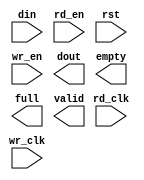
module addr_fifo(
	din,
	rd_clk,
	rd_en,
	rst,
	wr_clk,
	wr_en,
	dout,
	empty,
	full,
	valid);


input [63 : 0] din;
input rd_clk;
input rd_en;
input rst;
input wr_clk;
input wr_en;
output [63 : 0] dout;
output empty;
output full;
output valid;

// synthesis translate_off

      FIFO_GENERATOR_V3_1 #(
		.C_COMMON_CLOCK(0),
		.C_COUNT_TYPE(0),
		.C_DATA_COUNT_WIDTH(2),
		.C_DEFAULT_VALUE("BlankString"),
		.C_DIN_WIDTH(64),
		.C_DOUT_RST_VAL("0"),
		.C_DOUT_WIDTH(64),
		.C_ENABLE_RLOCS(0),
		.C_FAMILY("virtex4"),
		.C_HAS_ALMOST_EMPTY(0),
		.C_HAS_ALMOST_FULL(0),
		.C_HAS_BACKUP(0),
		.C_HAS_DATA_COUNT(0),
		.C_HAS_MEMINIT_FILE(0),
		.C_HAS_OVERFLOW(0),
		.C_HAS_RD_DATA_COUNT(0),
		.C_HAS_RD_RST(0),
		.C_HAS_RST(1),
		.C_HAS_UNDERFLOW(0),
		.C_HAS_VALID(1),
		.C_HAS_WR_ACK(0),
		.C_HAS_WR_DATA_COUNT(0),
		.C_HAS_WR_RST(0),
		.C_IMPLEMENTATION_TYPE(2),
		.C_INIT_WR_PNTR_VAL(0),
		.C_MEMORY_TYPE(2),
		.C_MIF_FILE_NAME("BlankString"),
		.C_OPTIMIZATION_MODE(0),
		.C_OVERFLOW_LOW(0),
		.C_PRELOAD_LATENCY(1),
		.C_PRELOAD_REGS(0),
		.C_PRIM_FIFO_TYPE("512x72"),
		.C_PROG_EMPTY_THRESH_ASSERT_VAL(2),
		.C_PROG_EMPTY_THRESH_NEGATE_VAL(3),
		.C_PROG_EMPTY_TYPE(0),
		.C_PROG_FULL_THRESH_ASSERT_VAL(30),
		.C_PROG_FULL_THRESH_NEGATE_VAL(29),
		.C_PROG_FULL_TYPE(0),
		.C_RD_DATA_COUNT_WIDTH(2),
		.C_RD_DEPTH(32),
		.C_RD_FREQ(100),
		.C_RD_PNTR_WIDTH(5),
		.C_UNDERFLOW_LOW(0),
		.C_USE_FIFO16_FLAGS(0),
		.C_VALID_LOW(0),
		.C_WR_ACK_LOW(0),
		.C_WR_DATA_COUNT_WIDTH(2),
		.C_WR_DEPTH(32),
		.C_WR_FREQ(100),
		.C_WR_PNTR_WIDTH(5),
		.C_WR_RESPONSE_LATENCY(1))
	inst (
		.DIN(din),
		.RD_CLK(rd_clk),
		.RD_EN(rd_en),
		.RST(rst),
		.WR_CLK(wr_clk),
		.WR_EN(wr_en),
		.DOUT(dout),
		.EMPTY(empty),
		.FULL(full),
		.VALID(valid),
		.CLK(),
		.BACKUP(),
		.BACKUP_MARKER(),
		.PROG_EMPTY_THRESH(),
		.PROG_EMPTY_THRESH_ASSERT(),
		.PROG_EMPTY_THRESH_NEGATE(),
		.PROG_FULL_THRESH(),
		.PROG_FULL_THRESH_ASSERT(),
		.PROG_FULL_THRESH_NEGATE(),
		.RD_RST(),
		.WR_RST(),
		.ALMOST_EMPTY(),
		.ALMOST_FULL(),
		.DATA_COUNT(),
		.OVERFLOW(),
		.PROG_EMPTY(),
		.PROG_FULL(),
		.RD_DATA_COUNT(),
		.UNDERFLOW(),
		.WR_ACK(),
		.WR_DATA_COUNT());


// synthesis translate_on

endmodule